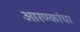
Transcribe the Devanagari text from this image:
आरण्कांचा